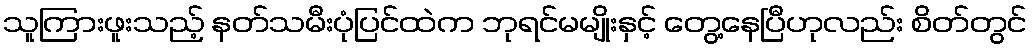
သူကြားဖူးသည့် နတ်သမီးပုံပြင်ထဲက ဘုရင်မမျိုးနှင့် တွေ့နေပြီဟုလည်း စိတ်တွင်